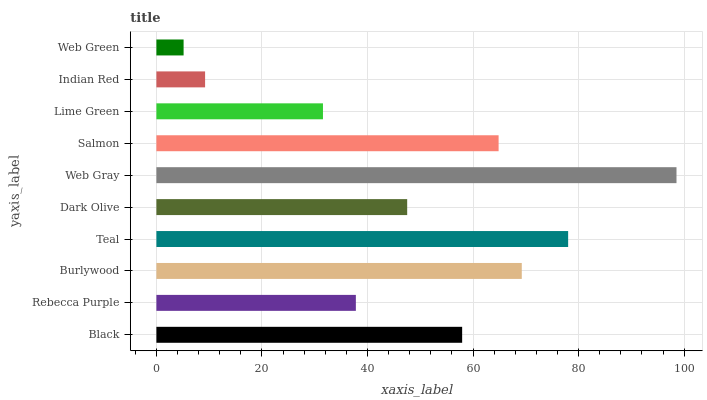
| yaxis_label | bars |
 | --- | --- |
 | Black | 57.9 |
 | Rebecca Purple | 37.8 |
 | Burlywood | 69.2 |
 | Teal | 78 |
 | Dark Olive | 47.5 |
 | Web Gray | 98.6 |
 | Salmon | 64.8 |
 | Lime Green | 31.6 |
 | Indian Red | 9.23 |
 | Web Green | 5.15 |